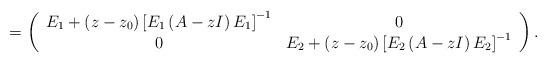
LaTeX: \begin{align*}=\left( {\begin{array}{*{20}c}E_{1}+{\left( z-z_{0} \right)[E_{1}\left( A-zI \right)E_{1}]}^{-1} & 0\\0 & E_{2}+{\left( z-z_{0} \right)[E_{2}\left( A-zI \right)E_{2}]}^{-1}\\\end{array} } \right).\end{align*}